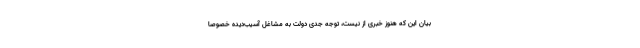
بیان این که هنوز خبری از نیست، توجه جدی دولت به مشاغل آسیب‌دیده خصوصاً